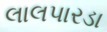
લાલપારડા